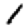
Digit: 1